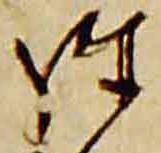
経